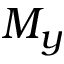
M _ { y }